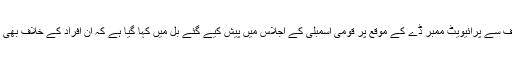
پاکستان پیپلز پارٹی کے پارلیمانی لیڈر نوید قمر کی طرف سے پرائیویٹ ممبر ڈے کے موقع پر قومی اسمبلی کے اجلاس میں پیش کیے گئے بل میں کہا گیا ہے کہ ان افراد کے خلاف بھی تحقیقات کی جائیں جن کے نام پاناما لیکس میں آئے ہیں۔